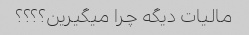
مالیات دیگه چرا میگیرین؟؟؟؟